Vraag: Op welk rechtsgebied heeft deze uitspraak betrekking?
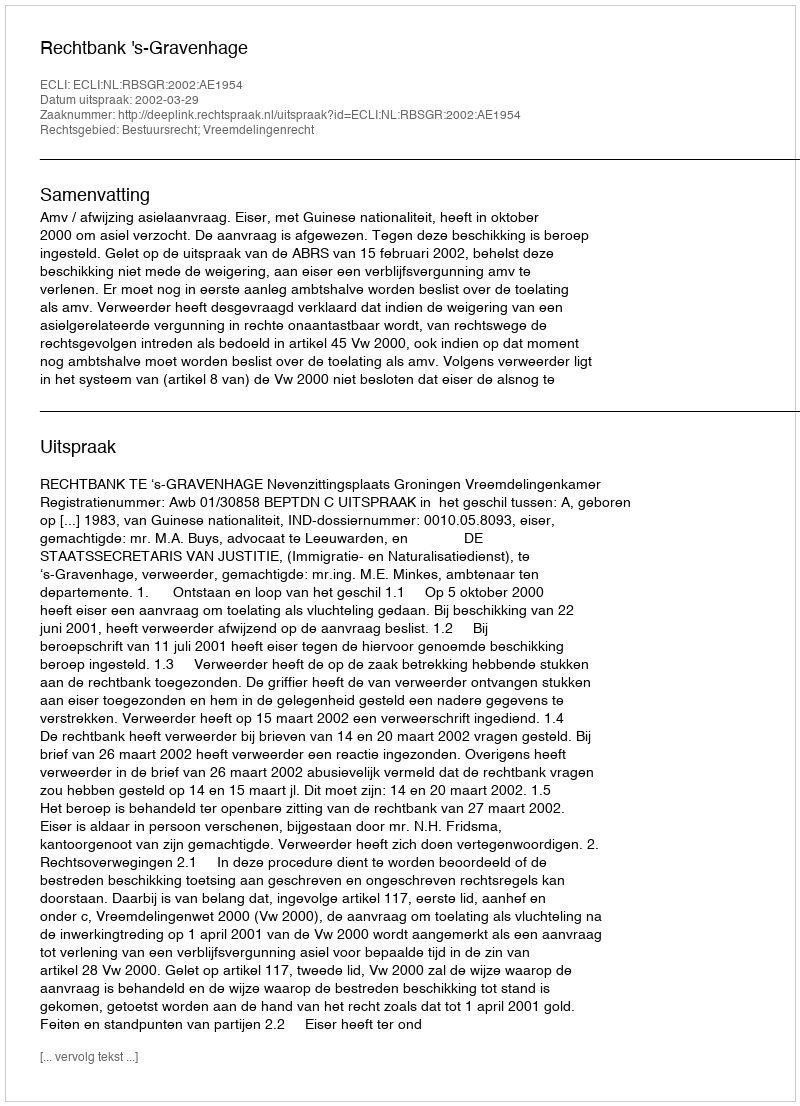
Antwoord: Bestuursrecht; Vreemdelingenrecht